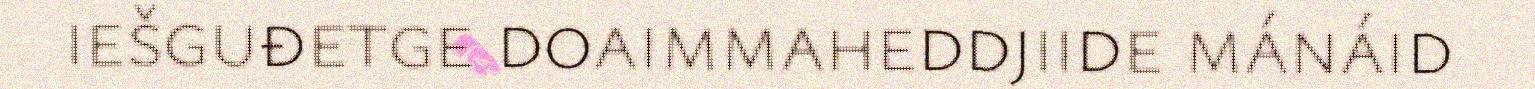
iešguđetge doaimmaheddjiide mánáid